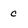
Character: c